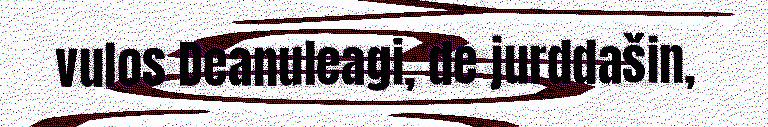
vulos Deanuleagi, de jurddašin,